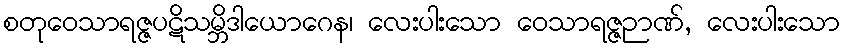
စတုဝေသာရဇ္ဇပဋိသမ္ဘိဒါယောဂေန၊ လေးပါးသော ဝေသာရဇ္ဇဉာဏ်, လေးပါးသော